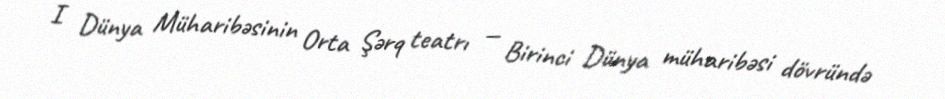
I Dünya Müharibəsinin Orta Şərq teatrı — Birinci Dünya müharibəsi dövründə